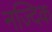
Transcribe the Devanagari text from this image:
नज्दिक